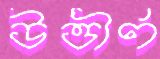
উত্তীর্ণ